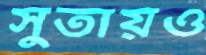
সুতায়ও